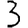
Digit: 3